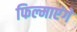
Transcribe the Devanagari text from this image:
फिल्माएंगे